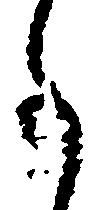
事